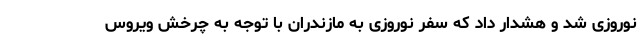
نوروزی شد و هشدار داد که سفر نوروزی به مازندران با توجه به چرخش ویروس